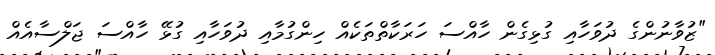
"ޒުވާނުންގެ ދުވަަހާއި ގުޅިގެން ހާއްސަ ހަރަކާތްތަކެއް ހިންގުމާއި ދުވަހާއި ގުޅޭ ހާއްސަ ޖަލްސާއެއް